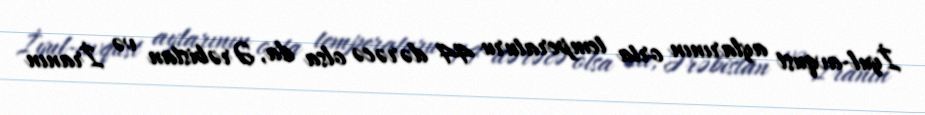
İyul-avqust aylarının orta temperaturu 44 dərəcə olsa da, Ərəbistan və İranın